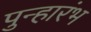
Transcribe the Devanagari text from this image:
पुन्हारंभ